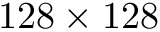
1 2 8 \times 1 2 8